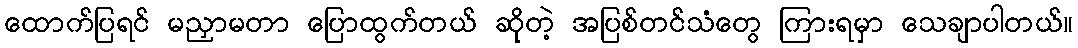
ထောက်ပြရင် မညှာမတာ ပြောထွက်တယ် ဆိုတဲ့ အပြစ်တင်သံတွေ ကြားရမှာ သေချာပါတယ်။